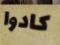
كادوا